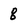
Character: 8